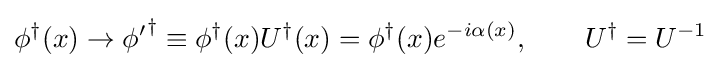
\phi ^{\dagger }(x)\rightarrow \phi {'}^{\dagger }\equiv \phi ^{\dagger }(x)U^{\dagger }(x)=\phi ^{\dagger }(x)e^{-i\alpha (x)},\qquad U^{\dagger }=U^{-1}